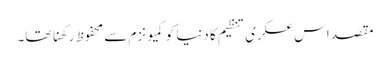
مقصد اس عسکری تنظیم کا دنیا کو کمیونزم سے محفوظ رکھنا تھا۔